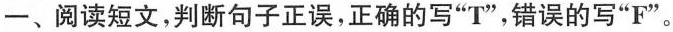
一、阅读短文，判断句子正误,正确的写"T",错误的写"F"。